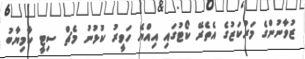
ޒުވާނުންގެ މަރުކަޒުގެ އެތެރޭ ކޯޓުގައި އިއްޔެ ހަވީރު ކުޅުނު މެޗް ސިޓީ ކާމިޔާބު